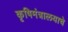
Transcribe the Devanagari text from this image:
कृषिमंत्रालयाचे